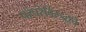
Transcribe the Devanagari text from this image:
परंपरेविरुद्धचे